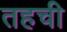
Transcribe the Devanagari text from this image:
तहची